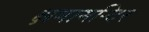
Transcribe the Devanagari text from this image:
क्षमामन्दिर